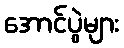
အောင်ပွဲများ